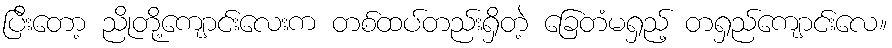
ပြီးတော့ ညိုတို့ကျောင်းလေးက တစ်ထပ်တည်းရှိတဲ့ ခြေတံမရှည့် တရှည်ကျောင်းလေ။